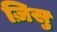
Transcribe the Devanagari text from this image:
ज़िसु